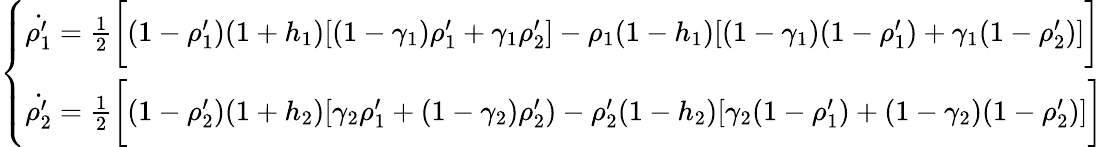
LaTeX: \left\{ \begin{array}{ll}{\dot{\rho_{1}^{\prime}}=\frac{1}{2}\bigg[(1-\rho_{1}^{\prime})(1+h_{1})[(1-\gamma_{1})\rho_{1}^{\prime}+\gamma_{1}\rho_{2}^{\prime}]-\rho_{1}(1-h_{1})[(1-\gamma_{1})(1-\rho_{1}^{\prime})+\gamma_{1}(1-\rho_{2}^{\prime})]\bigg]}\\ {\dot{\rho_{2}^{\prime}}=\frac{1}{2}\bigg[(1-\rho_{2}^{\prime})(1+h_{2})[\gamma_{2}\rho_{1}^{\prime}+(1-\gamma_{2})\rho_{2}^{\prime})-\rho_{2}^{\prime}(1-h_{2})[\gamma_{2}(1-\rho_{1}^{\prime})+(1-\gamma_{2})(1-\rho_{2}^{\prime})]\bigg]}\end{array}\right.